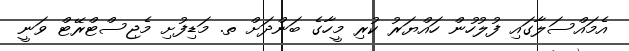
އެމައްސަލާގައި ފުލުހުން ހައްޔަރު ކުރި މީހާގެ ބަންދަށް ތ. މަޑިފުށި މެޖިސްޓްރޭޓް ވަނީ